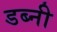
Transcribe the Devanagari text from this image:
डब्नी